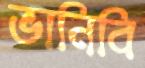
ভানিবি